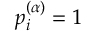
p _ { i } ^ { ( \alpha ) } = 1